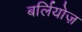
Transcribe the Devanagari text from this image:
बर्लियोज़